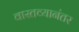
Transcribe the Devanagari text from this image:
वास्तव्यानंतर